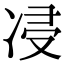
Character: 㓎